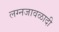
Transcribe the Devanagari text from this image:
लग्नजावळादी